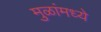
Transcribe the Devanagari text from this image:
मुळांमध्ये